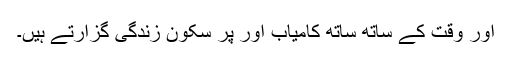
اور وقت کے ساتھ ساتھ کامیاب اور پر سکون زندگی گزارتے ہیں۔